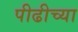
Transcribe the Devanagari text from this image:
पीढीच्या